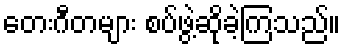
တေးဂီတများ စပ်ဖွဲ့ဆိုခဲ့ကြသည်။